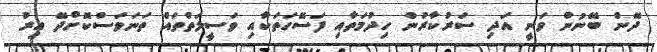
ދޭން ބޭނުން ވަނީ އަދި ސަރުކާރުން ހިދުމަތާއި ފަސޭހަތަކާއި ވަސީލަތްތައް ތަނަވަސްކޮށްދޭ އިރު